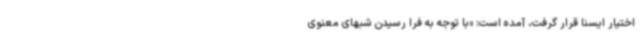
اختیار ایسنا قرار گرفت، آمده است: «با توجه به فرا رسیدن شبهای معنوی